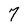
Character: 7